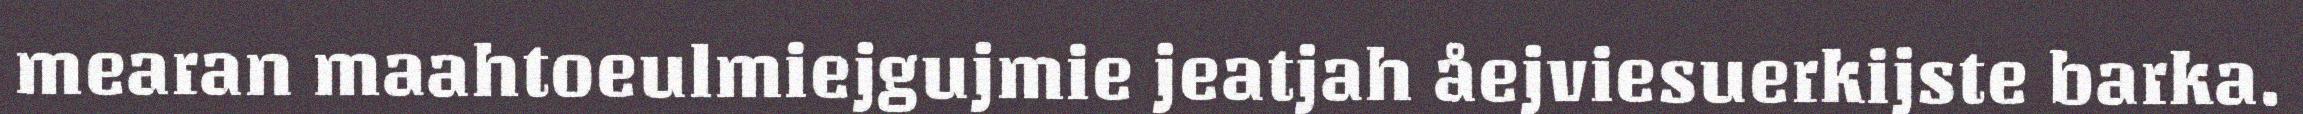
mearan maahtoeulmiejgujmie jeatjah åejviesuerkijste barka.